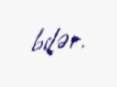
bilər.